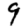
Digit: 9